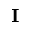
\bf I